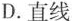
D.直线